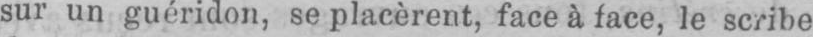
sur un guéridon, se placèrent, face à face, le scribe